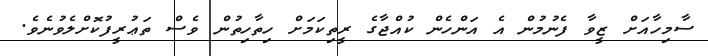
ސާމިހާއަށް ޒީވާ ފެނުމުން އެ އަންހެން ކުއްޖާގެ ރީތިކަމަށް ހިތާހިތުން ވެސް ތަޢުރީފުކޮށްލެވުނެވެ.